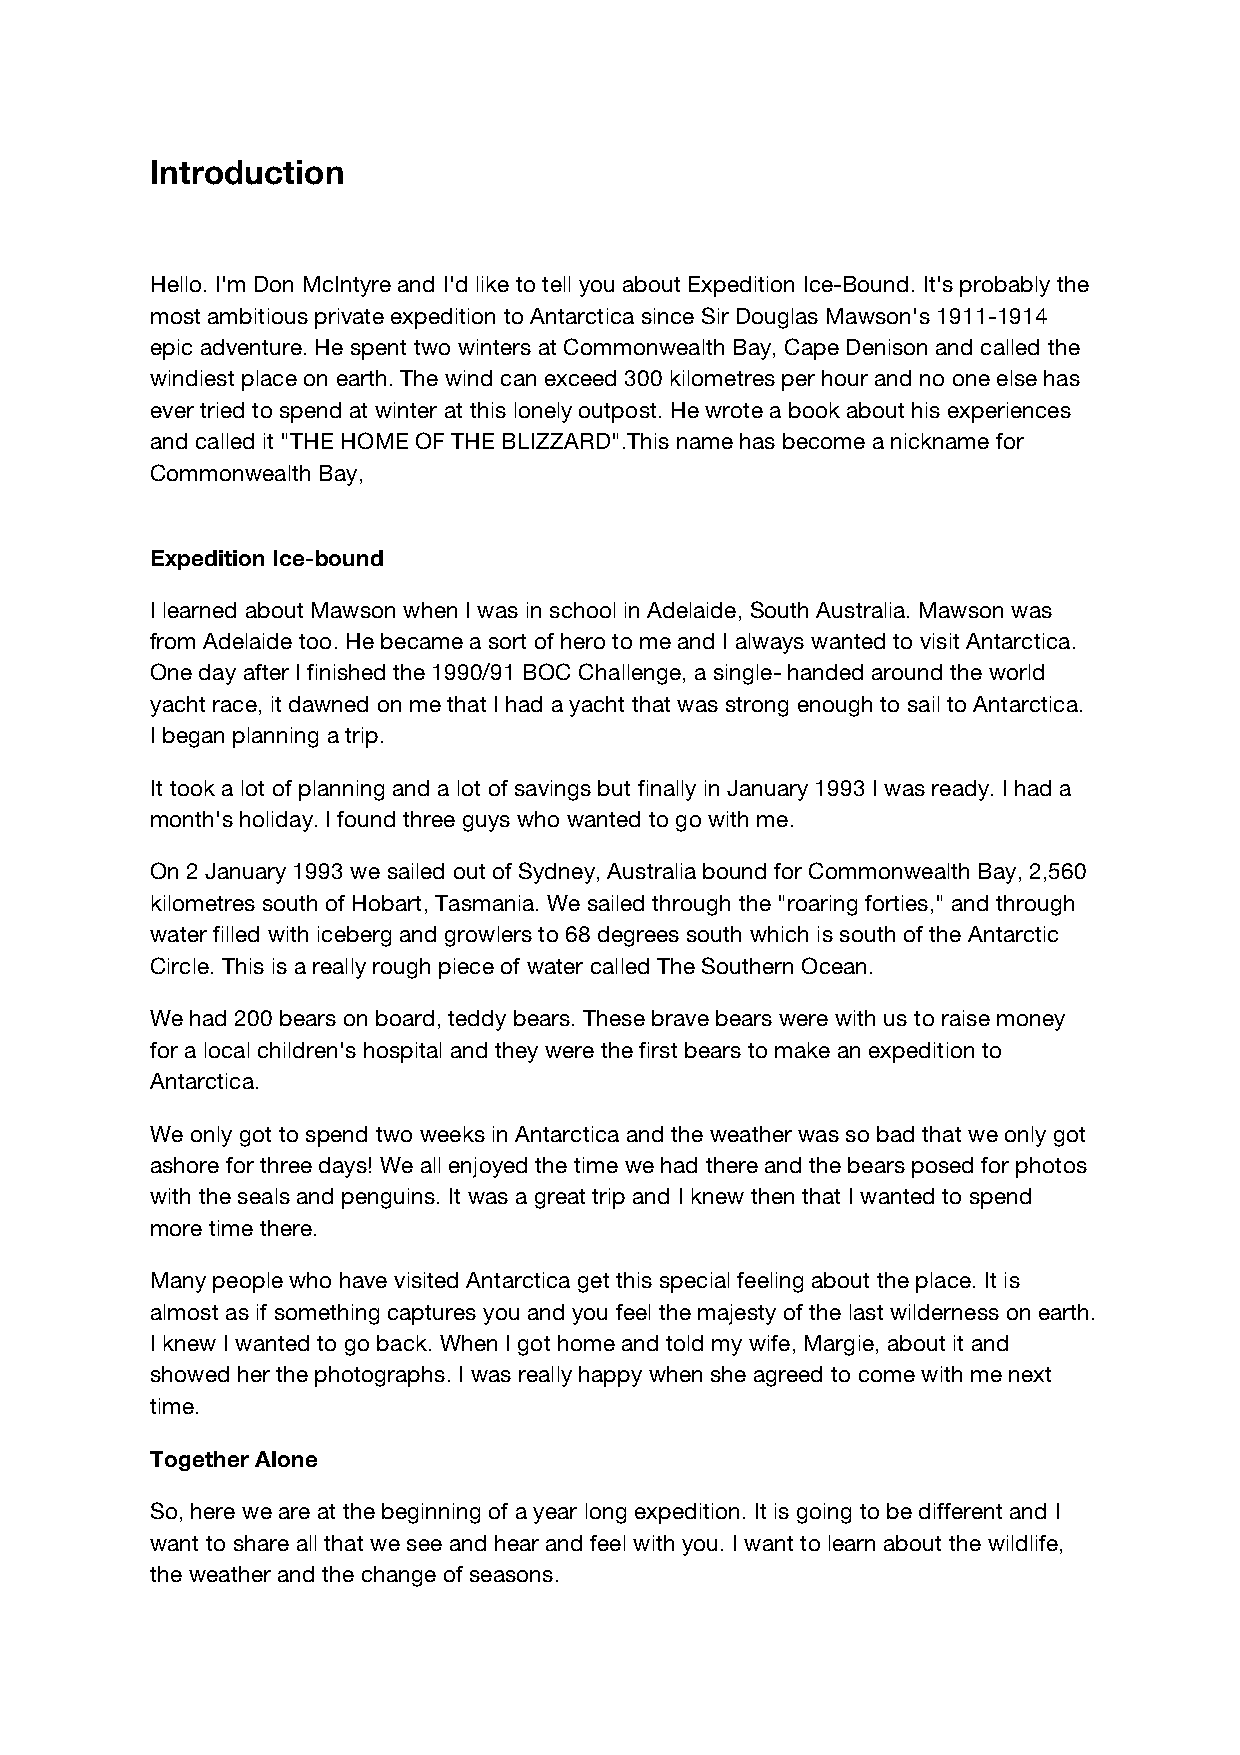
Introduction
 Hello. I'm Don McIntyre and I'd like to tell you about Expedition Ice-Bound. It's probably the
 most ambitious private expedition to Antarctica since Sir Douglas Mawson's 1911-1914
 epic adventure. He spent two winters at Commonwealth Bay, Cape Denison and called the
 windiest place on earth. The wind can exceed 300 kilometres per hour and no one else has
 ever tried to spend at winter at this lonely outpost. He wrote a book about his experiences
 and called it "THE HOME OF THE BLIZZARD".This name has become a nickname for
 Commonwealth Bay,
 Expedition Ice-bound
 I learned about Mawson when I was in school in Adelaide, South Australia. Mawson was
 from Adelaide too. He became a sort of hero to me and I always wanted to visit Antarctica.
 One day after I finished the 1990/91 BOC Challenge, a single- handed around the world
 yacht race, it dawned on me that I had a yacht that was strong enough to sail to Antarctica.
 I began planning a trip.
 It took a lot of planning and a lot of savings but finally in January 1993 I was ready. I had a
 month's holiday. I found three guys who wanted to go with me.
 On 2 January 1993 we sailed out of Sydney, Australia bound for Commonwealth Bay, 2,560
 kilometres south of Hobart, Tasmania. We sailed through the "roaring forties," and through
 water filled with iceberg and growlers to 68 degrees south which is south of the Antarctic
 Circle. This is a really rough piece of water called The Southern Ocean.
 We had 200 bears on board, teddy bears. These brave bears were with us to raise money
 for a local children's hospital and they were the first bears to make an expedition to
 Antarctica.
 We only got to spend two weeks in Antarctica and the weather was so bad that we only got
 ashore for three days! We all enjoyed the time we had there and the bears posed for photos
 with the seals and penguins. It was a great trip and I knew then that I wanted to spend
 more time there.
 Many people who have visited Antarctica get this special feeling about the place. It is
 almost as if something captures you and you feel the majesty of the last wilderness on earth.
 I knew I wanted to go back. When I got home and told my wife, Margie, about it and
 showed her the photographs. I was really happy when she agreed to come with me next
 time.
 Together Alone
 So, here we are at the beginning of a year long expedition. It is going to be different and I
 want to share all that we see and hear and feel with you. I want to learn about the wildlife,
 the weather and the change of seasons.